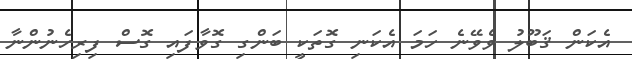
އެކަން ޤަބޫލު ވެވޭނެ ހަމަ އެކަނި ގޮތަކީ ބަންގި ގޮވާފައި ގޮސް ފިރިހެނުންނާ